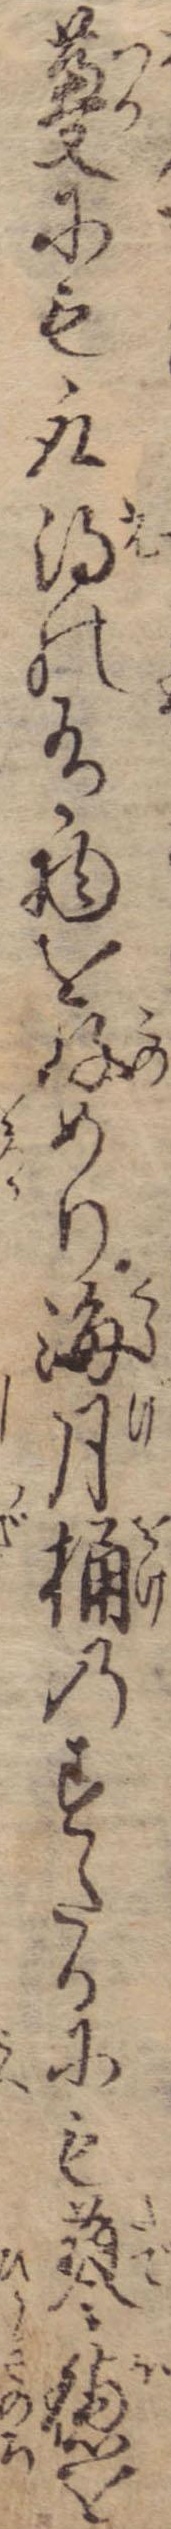
蔓にも取得の有物を好めり海月桶のすたるにも蓼穂を